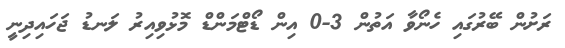
ރަށުން ބޭރުގައި ހެނޯވާ އަތުން 3-0 އިން ޑޯޓްމަންޑް މޮޅުވިއިރު ލަނޑު ޖަހައިދިނީ